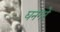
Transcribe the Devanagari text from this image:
घनगरे